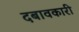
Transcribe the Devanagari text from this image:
दबावकारी